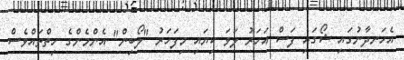
އެހަނދާނުގައި ޝޯގައި ފަސް އަހަރު ލަވަ ކިޔައި މިފަހަރު "ލޯބިން" އެންމެންގެ ހިތްތައްވެސް